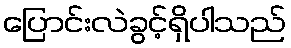
ပြောင်းလဲခွင့်ရှိပါသည်